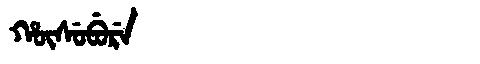
Manchu: ᡥᡡᠰᡠᠪᡠᡵᡝ
Romanization: HŪSUBURE